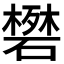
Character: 𬒟